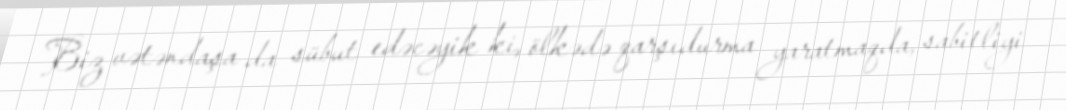
Biz vətəndaşa da sübut edəcəyik ki, ölkədə qarşıdurma yaratmaqda, sabitliyi